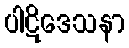
ပါဋိဒေသနာ